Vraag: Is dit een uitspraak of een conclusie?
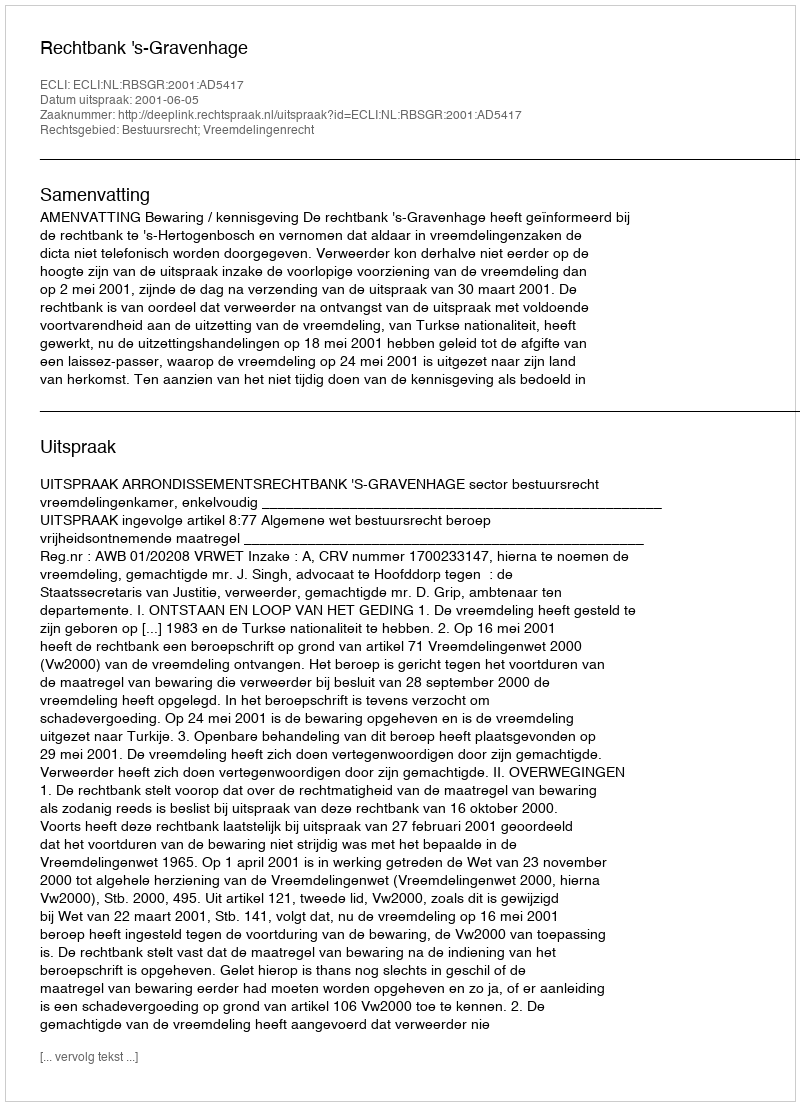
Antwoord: Uitspraak